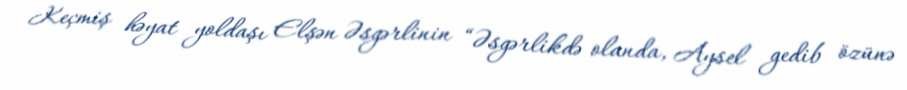
Keçmiş həyat yoldaşı Elşən Əsgərlinin “Əsgərlikdə olanda, Aysel gedib özünə